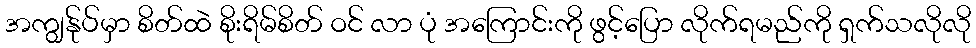
အကျွန်ုပ်မှာ စိတ်ထဲ စိုးရိမ်စိတ် ဝင် လာ ပုံ အကြောင်းကို ဖွင့်ပြော လိုက်ရမည်ကို ရှက်သလိုလို